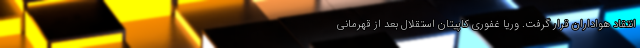
انتقاد هواداران قرار گرفت. وریا غفوری کاپیتان استقلال بعد از قهرمانی